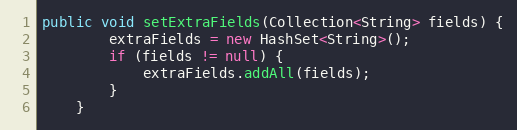
Language: Java
public void setExtraFields(Collection<String> fields) {
        extraFields = new HashSet<String>();
        if (fields != null) {
            extraFields.addAll(fields);
        }
    }